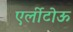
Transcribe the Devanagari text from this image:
एर्लीटोऊ